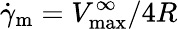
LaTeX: \dot{\gamma}_{\mathrm{m}}=V_{\mathrm{max}}^{\infty}/4R